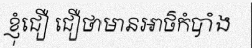
ខ្ញុំជឿ ជឿថាមានអាថ៌កំបាំង